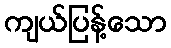
ကျယ်ပြန့်သော